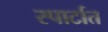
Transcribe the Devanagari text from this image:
स्पार्टात